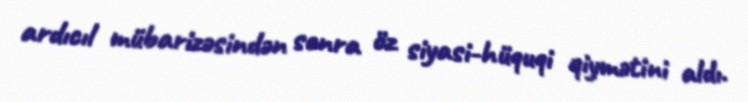
ardıcıl mübarizəsindən sonra öz siyasi-hüquqi qiymətini aldı.